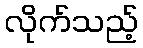
လိုက်သည့်